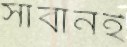
সাবানই